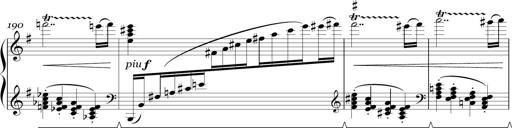
Title: Sonatina in E minor
Composer: Shuwen Zhang
Key: E minor